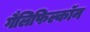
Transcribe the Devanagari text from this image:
गैलिफिल्कॉन